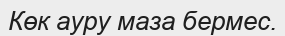
Көк ауру маза бермес.